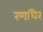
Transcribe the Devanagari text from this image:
रणधिर